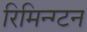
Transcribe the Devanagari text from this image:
रिमिन्ग्टन